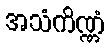
အသံကိဏ္ဏံ